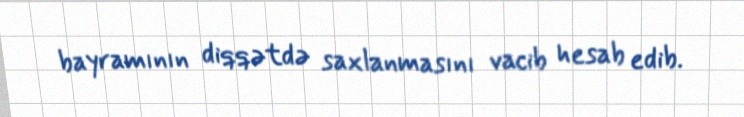
bayramının diqqətdə saxlanmasını vacib hesab edib.